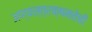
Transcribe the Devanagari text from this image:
अण्वस्त्रक्षमतेची